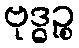
ဗုဒ္ဓဉ္စ